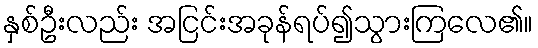
နှစ်ဦးလည်း အငြင်းအခုန်ရပ်၍သွားကြလေ၏။